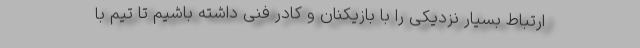
ارتباط بسیار نزدیکی را با بازیکنان و کادر فنی داشته باشیم تا تیم با